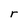
Character: r